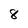
Character: 8